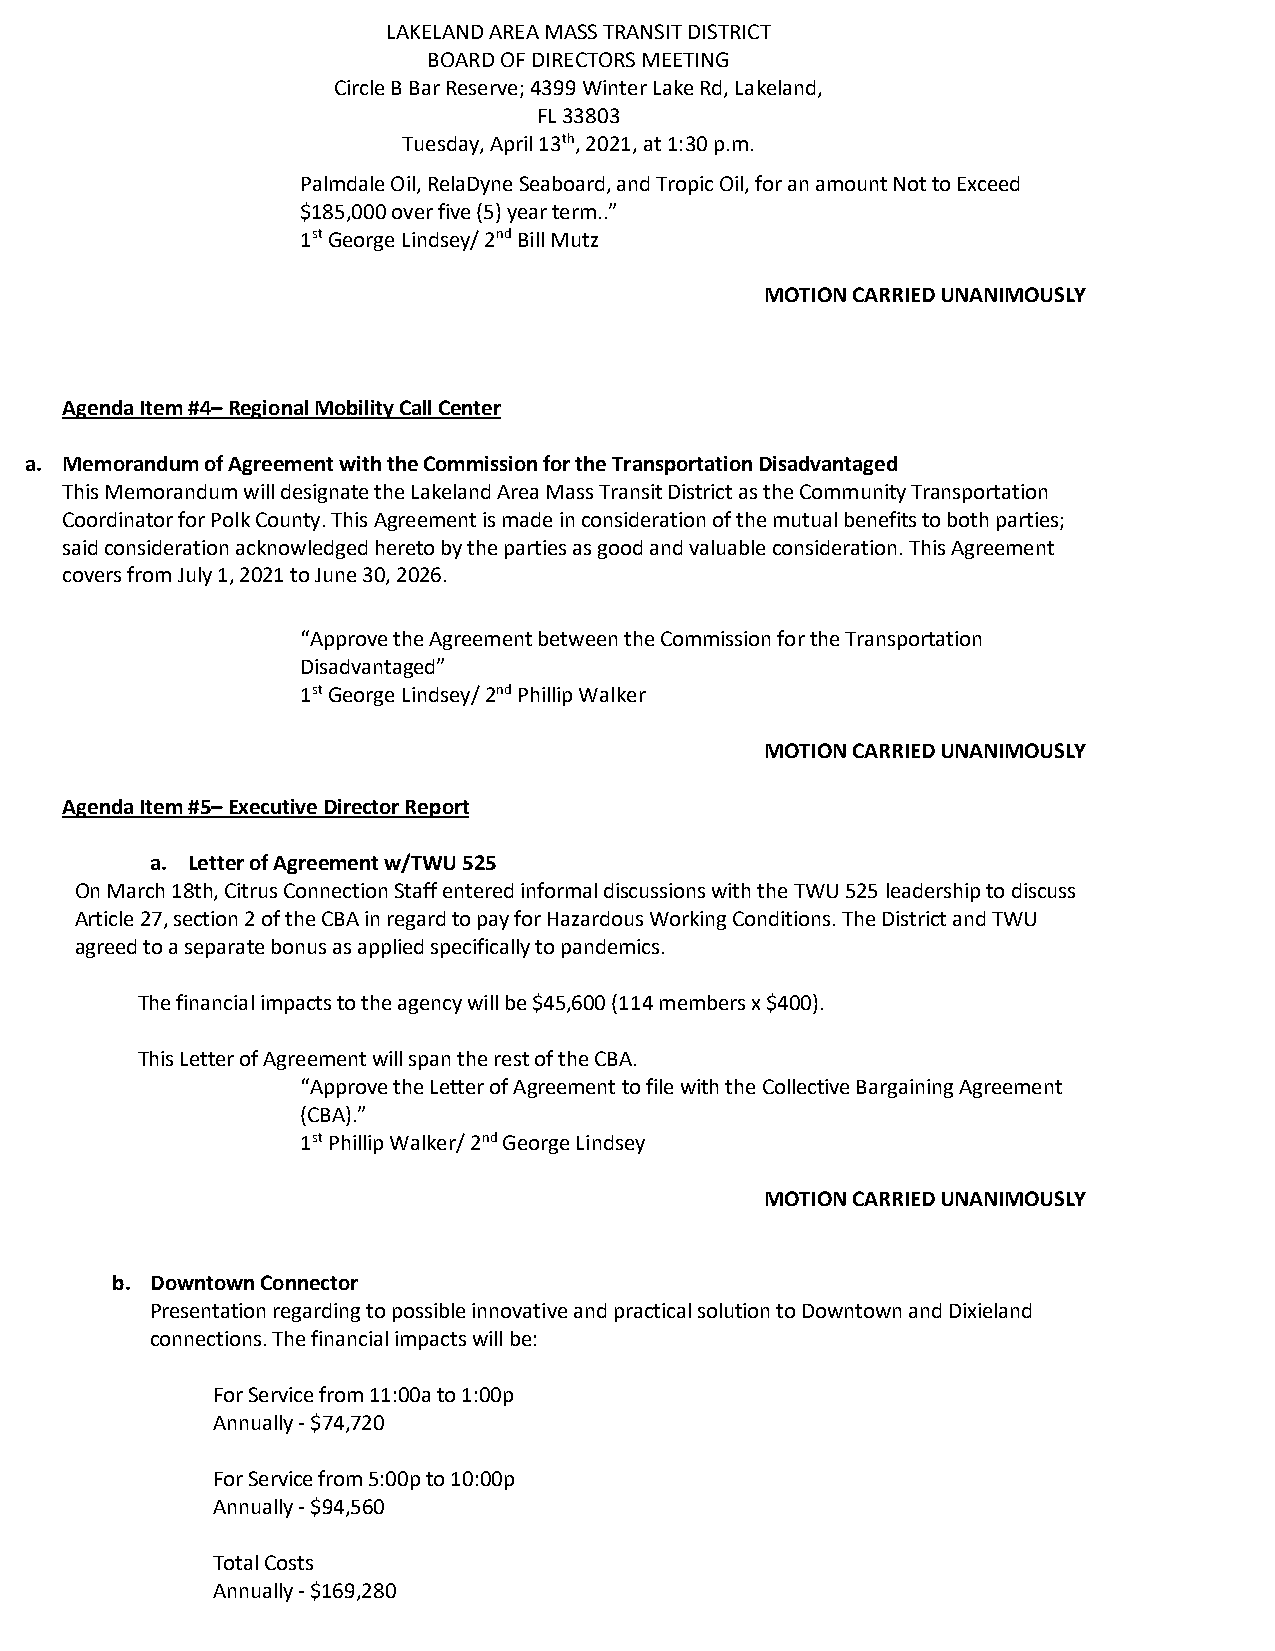
LAKELAND AREA MASS TRANSIT DISTRICT
 BOARD OF DIRECTORS MEETING
 Circle B Bar Reserve; 4399 Winter Lake Rd, Lakeland,
 FL 33803
 Tuesday, April 13th, 2021, at 1:30 p.m.
 Palmdale Oil, RelaDyne Seaboard, and Tropic Oil, for an amount Not to Exceed
 $185,000 over five (5) year term..”
 1st George Lindsey/ 2nd Bill Mutz
 MOTION CARRIED UNANIMOUSLY
 Agenda Item #4– Regional Mobility Call Center
 a. Memorandum of Agreement with the Commission for the Transportation Disadvantaged
 This Memorandum will designate the Lakeland Area Mass Transit District as the Community Transportation
 Coordinator for Polk County. This Agreement is made in consideration of the mutual benefits to both parties;
 said consideration acknowledged hereto by the parties as good and valuable consideration. This Agreement
 covers from July 1, 2021 to June 30, 2026.
 “Approve the Agreement between the Commission for the Transportation
 Disadvantaged”
 1st George Lindsey/ 2nd Phillip Walker
 MOTION CARRIED UNANIMOUSLY
 Agenda Item #5– Executive Director Report
 a. Letter of Agreement w/TWU 525
 On March 18th, Citrus Connection Staff entered informal discussions with the TWU 525 leadership to discuss
 Article 27, section 2 of the CBA in regard to pay for Hazardous Working Conditions. The District and TWU
 agreed to a separate bonus as applied specifically to pandemics.
 The financial impacts to the agency will be $45,600 (114 members x $400).
 This Letter of Agreement will span the rest of the CBA.
 “Approve the Letter of Agreement to file with the Collective Bargaining Agreement
 (CBA).”
 1st Phillip Walker/ 2nd George Lindsey
 MOTION CARRIED UNANIMOUSLY
 b. Downtown Connector
 Presentation regarding to possible innovative and practical solution to Downtown and Dixieland
 connections. The financial impacts will be:
 For Service from 11:00a to 1:00p
 Annually - $74,720
 For Service from 5:00p to 10:00p
 Annually - $94,560
 Total Costs
 Annually - $169,280